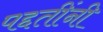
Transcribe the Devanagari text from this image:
पद्दतींनी